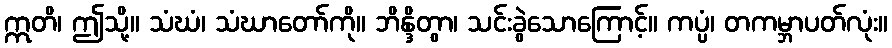
ဣတိ၊ ဤသို့။ သံဃံ၊ သံဃာတော်ကို။ ဘိန္ဒိတွာ၊ သင်းခွဲသောကြောင့်။ ကပ္ပံ၊ တကမ္ဘာပတ်လုံး။